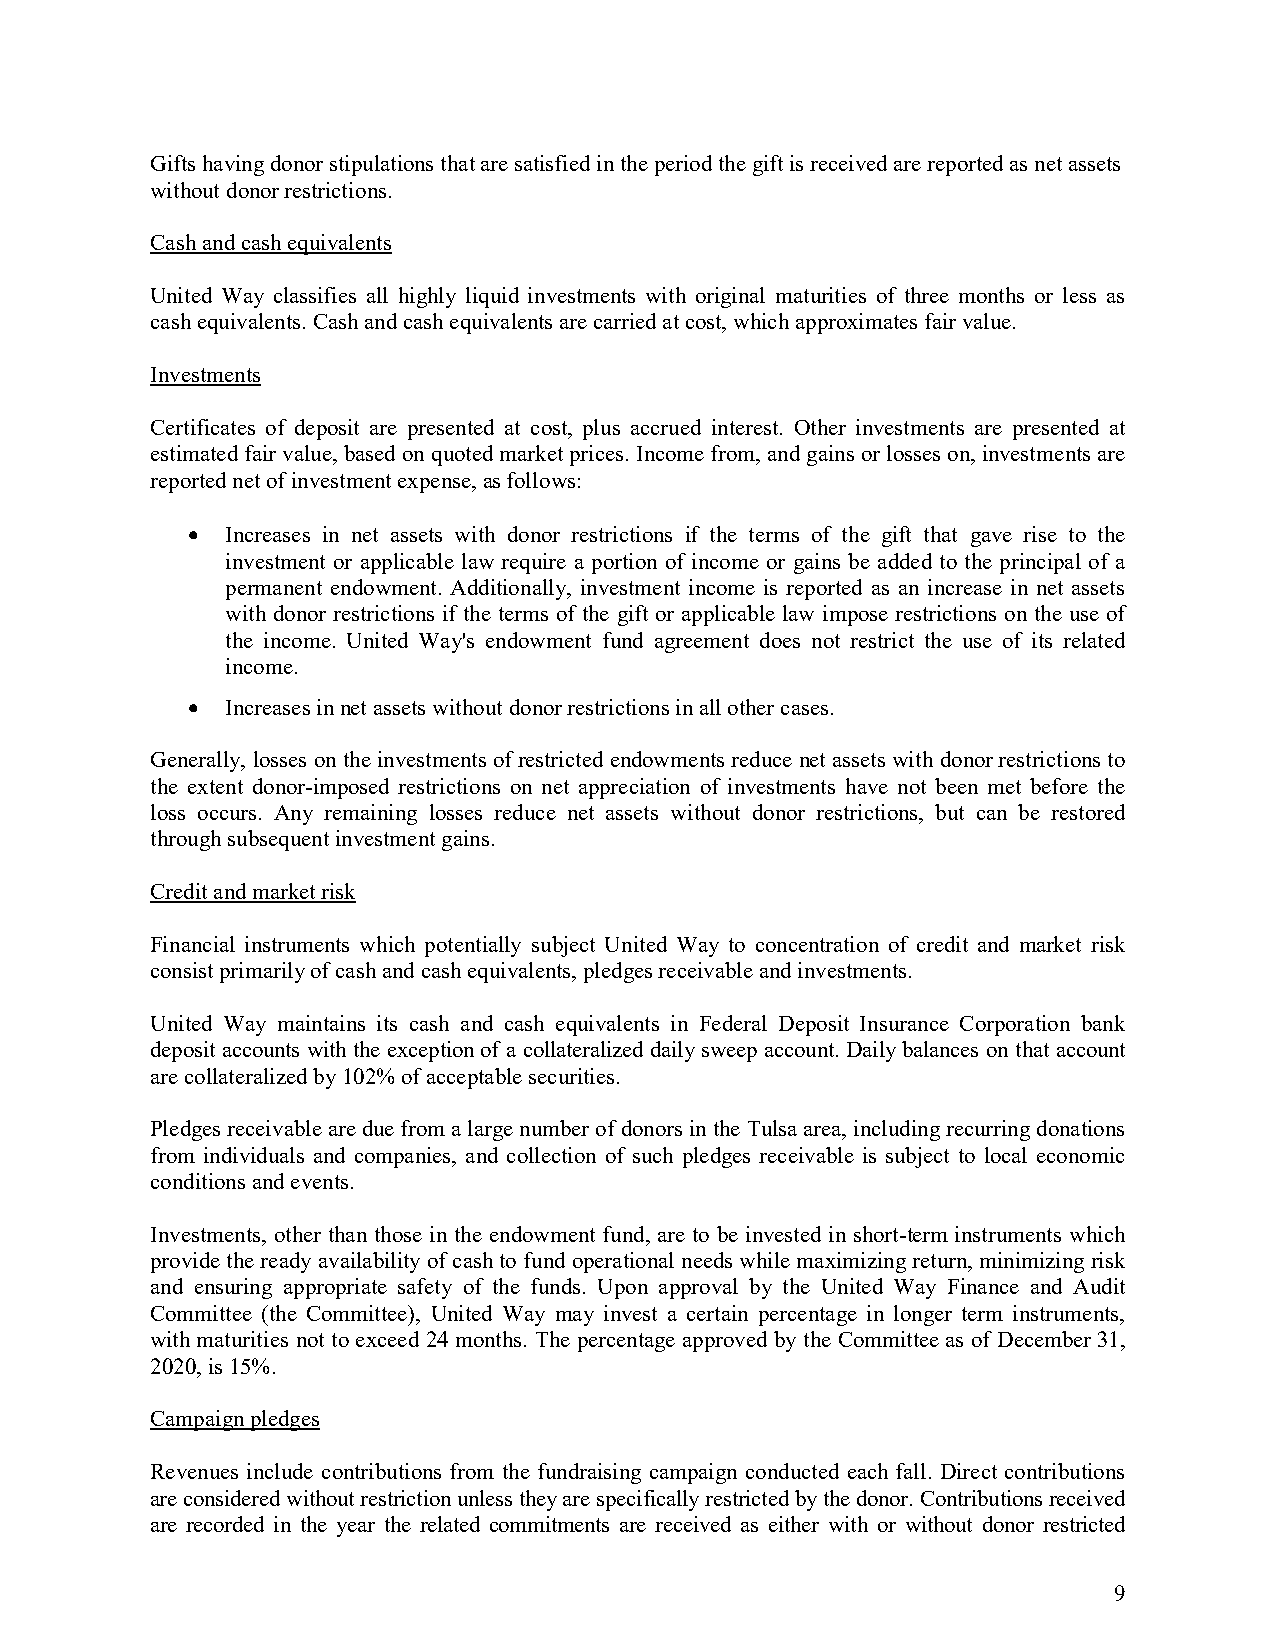
Gifts having donor stipulations that are satisfied in the period the gift is received are reported as net assets
 without donor restrictions.
 Cash and cash equivalents
 United Way classifies all highly liquid investments with original maturities of three months or less as
 cash equivalents. Cash and cash equivalents are carried at cost, which approximates fair value.
 Investments
 Certificates of deposit are presented at cost, plus accrued interest. Other investments are presented at
 estimated fair value, based on quoted market prices. Income from, and gains or losses on, investments are
 reported net of investment expense, as follows:
 •  Increases in net assets with donor restrictions if the terms of the gift that gave rise to the
 investment or applicable law require a portion of income or gains be added to the principal of a
 permanent endowment. Additionally, investment income is reported as an increase in net assets
 with donor restrictions if the terms of the gift or applicable law impose restrictions on the use of
 the income. United Way's endowment fund agreement does not restrict the use of its related
 income.
 •  Increases in net assets without donor restrictions in all other cases.
 Generally, losses on the investments of restricted endowments reduce net assets with donor restrictions to
 the extent donor-imposed restrictions on net appreciation of investments have not been met before the
 loss occurs. Any remaining losses reduce net assets without donor restrictions, but can be restored
 through subsequent investment gains.
 Credit and market risk
 Financial instruments which potentially subject United Way to concentration of credit and market risk
 consist primarily of cash and cash equivalents, pledges receivable and investments.
 United Way maintains its cash and cash equivalents in Federal Deposit Insurance Corporation bank
 deposit accounts with the exception of a collateralized daily sweep account. Daily balances on that account
 are collateralized by 102% of acceptable securities.
 Pledges receivable are due from a large number of donors in the Tulsa area, including recurring donations
 from individuals and companies, and collection of such pledges receivable is subject to local economic
 conditions and events.
 Investments, other than those in the endowment fund, are to be invested in short-term instruments which
 provide the ready availability of cash to fund operational needs while maximizing return, minimizing risk
 and ensuring appropriate safety of the funds. Upon approval by the United Way Finance and Audit
 Committee (the Committee), United Way may invest a certain percentage in longer term instruments,
 with maturities not to exceed 24 months. The percentage approved by the Committee as of December 31,
 2020, is 15%.
 Campaign pledges
 Revenues include contributions from the fundraising campaign conducted each fall. Direct contributions
 are considered without restriction unless they are specifically restricted by the donor. Contributions received
 are recorded in the year the related commitments are received as either with or without donor restricted
 9